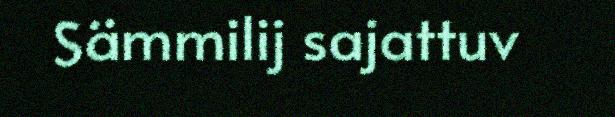
Sämmilij sajattuv